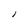
Character: l